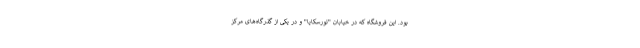
بود. این فروشگاه که در خیابان "تورسکایا" و در یکی از گذرگاه‌های مرکز